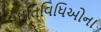
ઘતિવિધિઓના